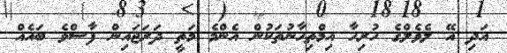
އަދިި އޭ ލެވެލްގެ ހުރިހާ އިމްތިހާނުތަކުން އެންމެ މަތީ ދަރަޖައިން ފާސްވެ ބައެއް